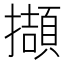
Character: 擷